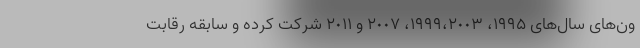
ون‌های سال‌های ١٩٩۵، ١٩٩٩،٢٠٠٣، ٢٠٠٧ و ٢٠١١ شرکت کرده و سابقه رقابت